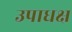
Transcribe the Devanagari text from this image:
उपाधक्ष